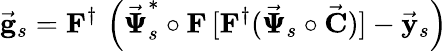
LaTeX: \vec{\mathbf g}_{s}={\mathbf F}^{\dagger}\, \left(\vec{\pmb{{\Psi}}}_{s}^{*}\circ{\mathbf F}\, [{\mathbf F}^{\dagger}(\vec{\pmb{{\Psi}}}_{s}\circ\vec{\mathbf C})]-\vec{\mathbf y}_{s}\right)